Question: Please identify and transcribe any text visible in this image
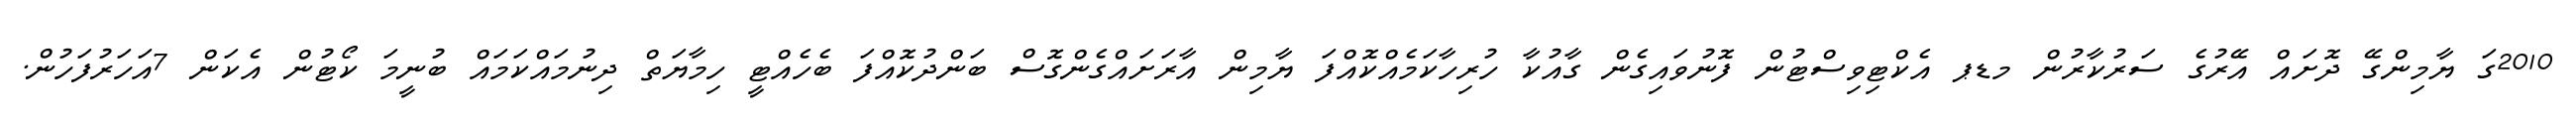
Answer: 2010ގަ ޔާމިންގޭ ދޮށައް އޭރުގެ ސަރުކާރުން މޑޕ އެކްޓިވިސްޓުން ފޮނުވައިގެން ގާއުކާ ހުރިހާކަމެއްކޮއްފަ ޔާމިން އާރަށައްގެންގޮސް ބަންދުކޮއްފަ ބެހެއްޓީ ހިމާޔަތް ދިނުމައްކަމައް ބުނީމަ ކޯޓުން އެކަން 7އަހަރުފަހުން.